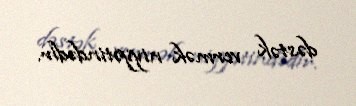
dəstək vermək niyyətindədir.